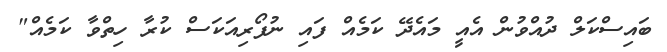
ބައިސްކަލް ދުއްވުން އެއީ މައެދޭ ކަމެއް ފައި ނުފޯރިއަކަސް ކުރާ ހިތްވާ ކަމެއް"